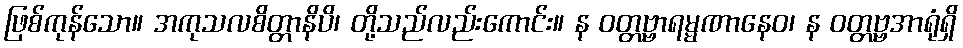
ဖြစ်ကုန်သော။ အကုသလစိတ္တာနိပိ၊ တို့သည်လည်းကောင်း။ န ဝတ္တဗ္ဗာရမ္မဏာနေဝ၊ န ဝတ္တဗ္ဗအာရုံရှိ